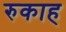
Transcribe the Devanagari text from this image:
रुकाह